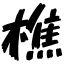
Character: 樵